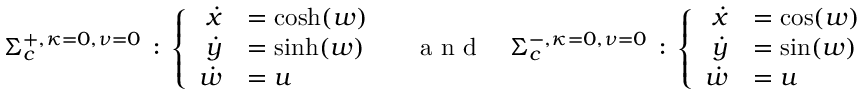
\begin{array} { r } { \Sigma _ { c } ^ { + , \kappa = 0 , \nu = 0 } \, : \, \left\{ \begin{array} { r l } { \dot { x } } & { = \cosh ( w ) } \\ { \dot { y } } & { = \sinh ( w ) } \\ { \dot { w } } & { = u } \end{array} \right. \quad \textrm { a n d } \quad \Sigma _ { c } ^ { - , \kappa = 0 , \nu = 0 } \, : \, \left\{ \begin{array} { r l } { \dot { x } } & { = \cos ( w ) } \\ { \dot { y } } & { = \sin ( w ) } \\ { \dot { w } } & { = u } \end{array} \right. } \end{array}